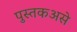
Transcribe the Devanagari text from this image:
पुस्तकअसे